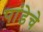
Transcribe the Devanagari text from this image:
पांडेचे